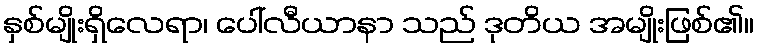
နှစ်မျိုးရှိလေရာ၊ ပေါ်လီယာနာ သည် ဒုတိယ အမျိုးဖြစ်၏။